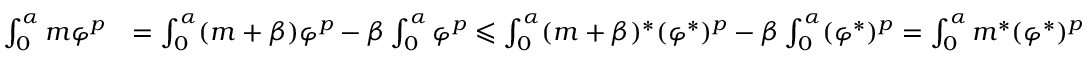
\begin{array} { r l } { \int _ { 0 } ^ { \alpha } m \varphi ^ { p } } & { = \int _ { 0 } ^ { \alpha } ( m + \beta ) \varphi ^ { p } - \beta \int _ { 0 } ^ { \alpha } \varphi ^ { p } \leqslant \int _ { 0 } ^ { \alpha } ( m + \beta ) ^ { * } ( \varphi ^ { * } ) ^ { p } - \beta \int _ { 0 } ^ { \alpha } ( \varphi ^ { * } ) ^ { p } = \int _ { 0 } ^ { \alpha } m ^ { * } ( \varphi ^ { * } ) ^ { p } } \end{array}